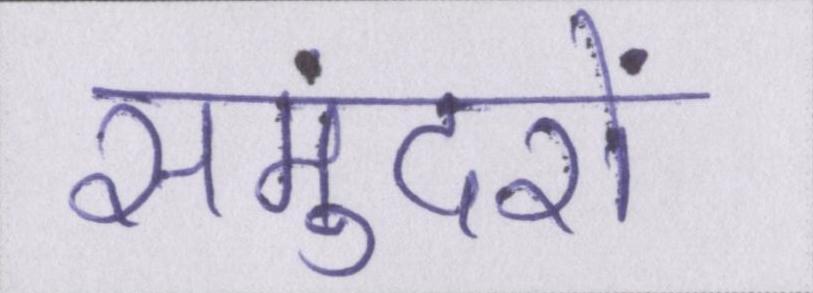
समुंदरों